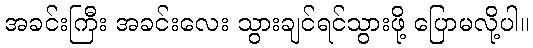
အခင်းကြီး အခင်းလေး သွားချင်ရင်သွားဖို့ ပြောမလို့ပါ။